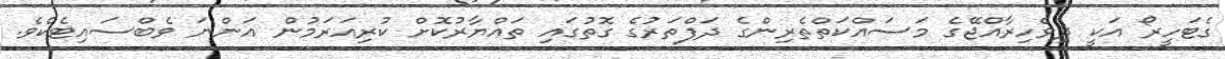
ގެޓަހީރޯ އަކީ ދިވެހިރާއްޖޭގެ މަސައްކަތްތެރިންގެ ދަފްތަރުގެ ގޮތުގައި ތައްޔާރުކޮށް ކުރިއަރަމުން އަންނަ ވެބްސައިޓެކެވެ.